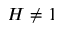
H \neq 1